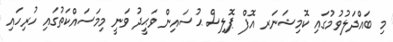
މި ބައްދަލުވުމުގައި ކޮމިޝަނަރ އޮފް ޕޮލިސް ޙުސައިން ވަޙީދު ވަނީ މިމަސައްކަތުގައި ހުރިހައި